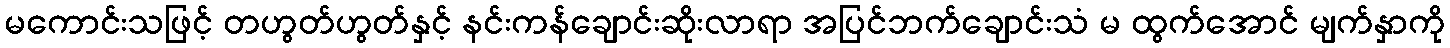
မကောင်းသဖြင့် တဟွတ်ဟွတ်နှင့် နင်းကန်ချောင်းဆိုးလာရာ အပြင်ဘက်ချောင်းသံ မ ထွက်အောင် မျက်နှာကို